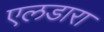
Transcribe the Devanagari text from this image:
एलडारा